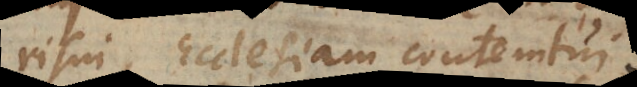
risui, Ecclesiam contemtui